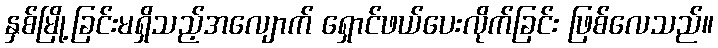
နှစ်မြို့ခြင်းမရှိသည့်အလျောက် ရှောင်ဖယ်ပေးလိုက်ခြင်း ဖြစ်လေသည်။